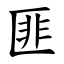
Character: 匪